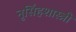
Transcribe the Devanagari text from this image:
नृसिंहशास्त्री